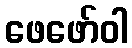
ဖေဖော်ဝါ